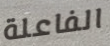
الفاعلة